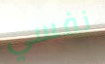
نفسي